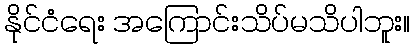
နိုင်ငံရေး အကြောင်းသိပ်မသိပါဘူး။